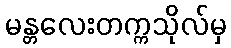
မန္တလေးတက္ကသိုလ်မှ